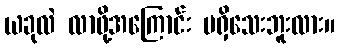
ယခုလဲ လာဖို့အကြောင်း မရှိသေးဘူးလား။